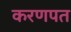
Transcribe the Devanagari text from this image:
करणपत